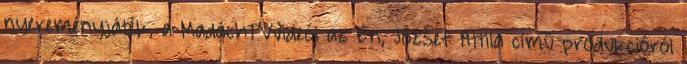
nyereményjáték, a MadáchTVvideói az Én, József Attila című produkcióról